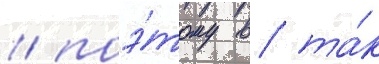
/ поэ́тому в та́к